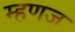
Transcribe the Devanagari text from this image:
म्हणज